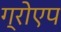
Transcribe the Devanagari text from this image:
ग्रोएप